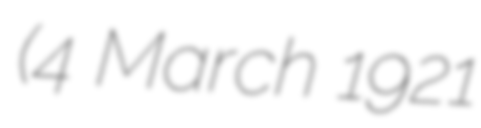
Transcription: (4 March 1921